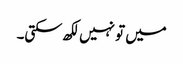
میں تو نہیں لکھ سکتی۔